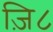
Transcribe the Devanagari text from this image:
ज़ि८